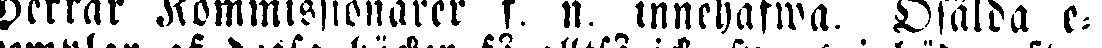
Herrar Kommissionärer f. n. innehafwa. Osålda e-